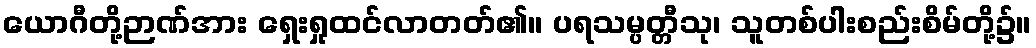
ယောဂီတို့ဉာဏ်အား ရှေးရှုထင်လာတတ်၏။ ပရသမ္ပတ္တီသု၊ သူတစ်ပါးစည်းစိမ်တို့၌။